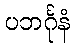
ပဘင်္ဂုနံ